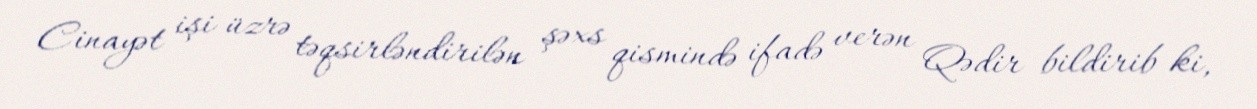
Cinayət işi üzrə təqsirləndirilən şəxs qismində ifadə verən Qədir bildirib ki,